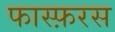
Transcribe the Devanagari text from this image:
फास्फ़रस